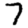
Digit: 7